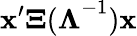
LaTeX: {{\mathbf x}^{\prime}{\mathbf\Xi}(\mathbf\Lambda}^{-1}){\mathbf x}